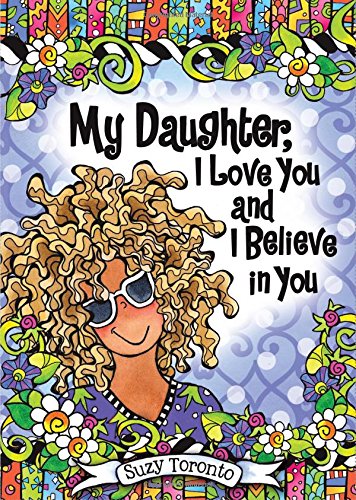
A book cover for My Daughter, I Love You and I Believe in You; Suzy Toronto; Parenting & Relationships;